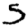
Digit: 5